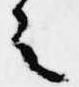
之